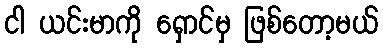
ငါ ယင်းမာကို ရှောင်မှ ဖြစ်တော့မယ်